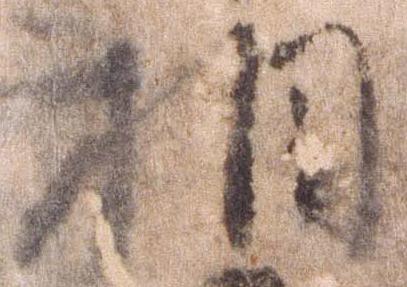
相